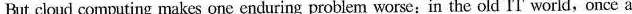
But cloud computing makes one cnduring problem worse: in the old IT world,once a